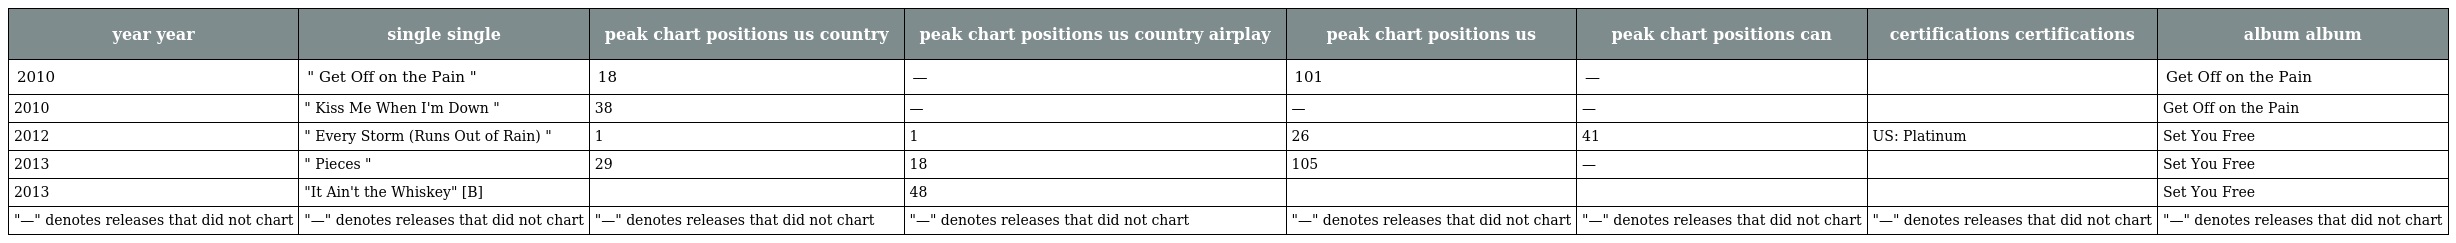
| year year | single single | peak chart positions us country | peak chart positions us country airplay | peak chart positions us | peak chart positions can | certifications certifications | album album |
 | --- | --- | --- | --- | --- | --- | --- | --- |
 | 2010 | " Get Off on the Pain " | 18 | — | 101 | — |  | Get Off on the Pain |
 | 2010 | " Kiss Me When I'm Down " | 38 | — | — | — |  | Get Off on the Pain |
 | 2012 | " Every Storm (Runs Out of Rain) " | 1 | 1 | 26 | 41 | US: Platinum | Set You Free |
 | 2013 | " Pieces " | 29 | 18 | 105 | — |  | Set You Free |
 | 2013 | "It Ain't the Whiskey" [B] |  | 48 |  |  |  | Set You Free |
 | "—" denotes releases that did not chart | "—" denotes releases that did not chart | "—" denotes releases that did not chart | "—" denotes releases that did not chart | "—" denotes releases that did not chart | "—" denotes releases that did not chart | "—" denotes releases that did not chart | "—" denotes releases that did not chart |